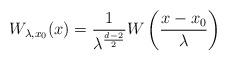
LaTeX: \begin{align*} W_{\lambda, x_0} (x) = \frac{1}{\lambda^{\frac{d-2}{2}}} W \left(\frac{x-x_0}{\lambda}\right)\end{align*}